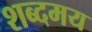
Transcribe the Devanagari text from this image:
शब्दमय